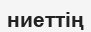
ниеттің